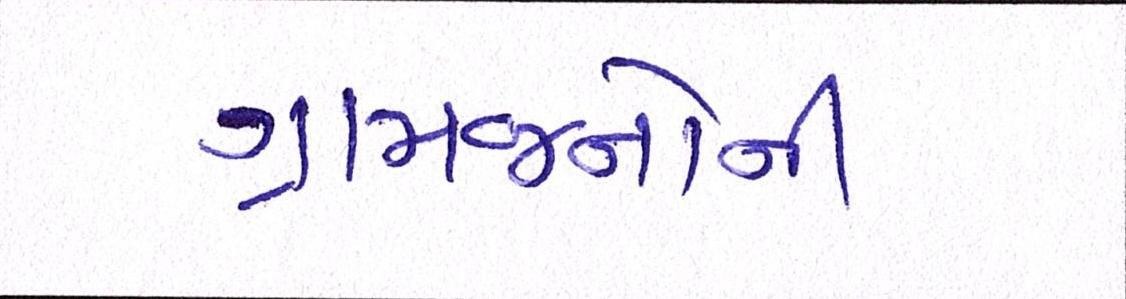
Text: ગ્રામજનોની